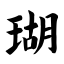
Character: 瑚